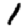
Digit: 1